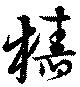
樁